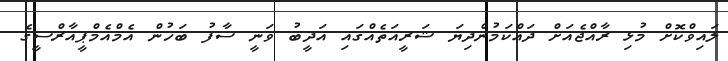
ލައިވްކޮށް މުޅި ރާއްޖެއަށް ދައްކަމުންދިޔަ ޝަރީއަތެއްގައި އަދީބު ވަނީ ސާފު ބަހުން އެމްއެމްޕީއާރްސީގެ